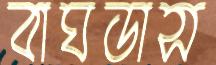
বাঘডাস